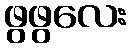
ဖွဖွလေး